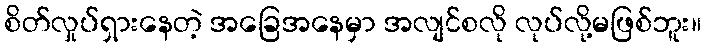
စိတ်လှုပ်ရှားနေတဲ့ အခြေအနေမှာ အလျင်စလို လုပ်လို့မဖြစ်ဘူး။